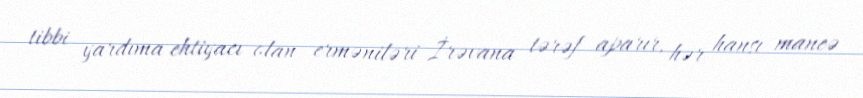
tibbi yardıma ehtiyacı olan erməniləri İrəvana tərəf aparır, hər hansı maneə